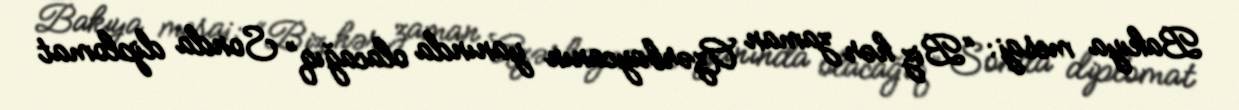
Bakıya mesaj: “Biz hər zaman Azərbaycanın yanında olacağıq” Sonda diplomat